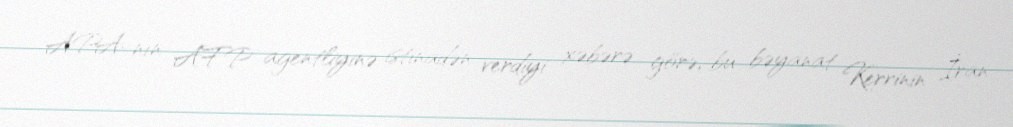
APA-nın AFP agentliyinə istinadən verdiyi xəbərə görə, bu bəyanat Kerrinin İran